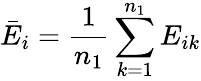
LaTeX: \bar{E}_{i}=\frac 1{n_{1}}\sum_{k=1}^{n_{1}}E_{ik}